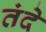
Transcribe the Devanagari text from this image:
तंदे